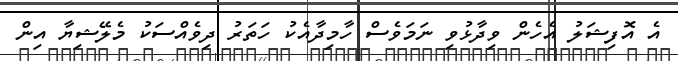
އެ އޮފިޝަލު އެހެން ވިދާޅުވި ނަމަވެސް ހާމިދާއެކު ހަތަރު ދިވެއްސަކު މެލޭޝިޔާ އިން